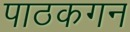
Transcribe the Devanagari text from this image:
पाठकगन